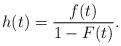
LaTeX: \begin{align*}h(t)=\frac{f(t)}{1-F(t)}.\end{align*}